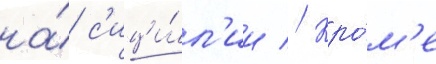
на́ с'ици́л'ии // Кро́м'е